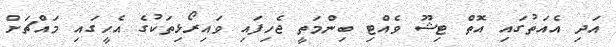
އަދި އެއަތުގައި އޮތް ޓިޝޫ ވެއްޓި ބިންމަތީ ޖެހިފައި ވައިރޯޅިތަކުގެ އެހީގައި މައްޗަށް